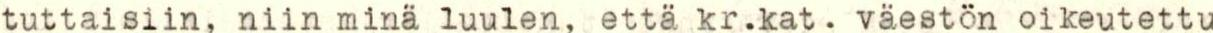
tuttaisiin, niin minä luulen, että kr.kat. väeston oikeutettu